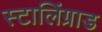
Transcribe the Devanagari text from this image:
स्टालिंग्राड